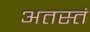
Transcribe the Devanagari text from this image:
अतस्तं